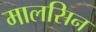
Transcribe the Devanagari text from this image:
मालसिन